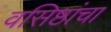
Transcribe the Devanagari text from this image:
वसिष्ठांचा